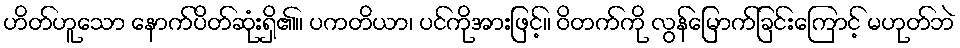
ဟိတ်ဟူသော နောက်ပိတ်ဆုံးရှိ၏။ ပကတိယာ၊ ပင်ကိုအားဖြင့်။ ဝိတက်ကို လွန်မြောက်ခြင်းကြောင့် မဟုတ်ဘဲ